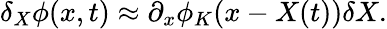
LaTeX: \delta_{X}\phi(x,t)\approx\partial_{x}\phi_{K}(x-X(t))\delta X.